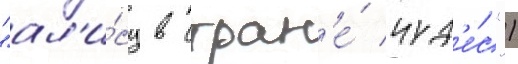
"ал'и́су в стран'е́ чуд'е́с")